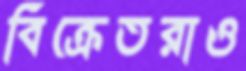
বিক্রেতরাও